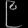
Digit: ၉